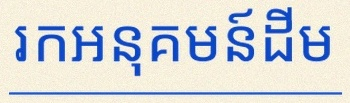
រកអនុគមន៍ដើម